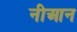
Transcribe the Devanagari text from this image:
नीआन